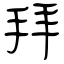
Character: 拜